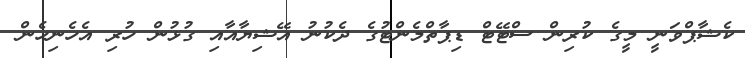
ކެޝާޕްވަނީ މީގެ ކުރިން ސްޓޭޓް ޑިޕާތްމެންޓުގެ ދެކުނު އޭޝިޔާއާއި ގުޅުން ހުރި އެހެނިހެން